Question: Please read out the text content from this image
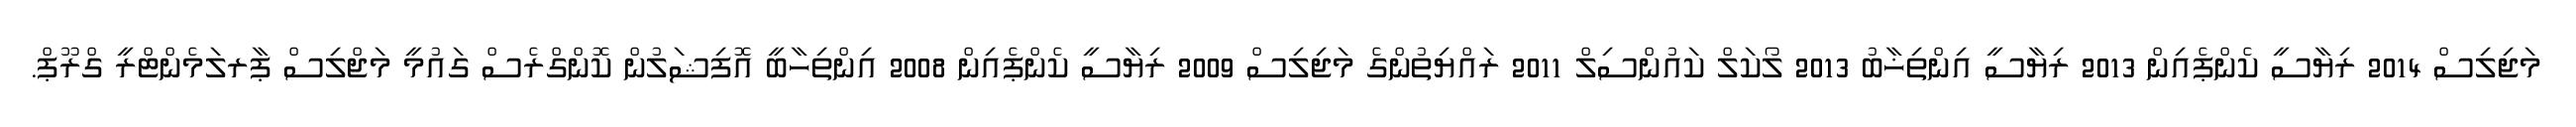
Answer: މަޖިލިސް 2014 ރިޔާސީ ކެންޕެއިން 2013 ރިޔާސީ އިންތިޚާބު 2013 ލޯކަލް ކައުންސިލް 2011 ރައްޔިތުންގެ މަޖިލިސް 2009 ރިޔާސީ ކެންޕެއިން 2008 އިންތިހާބީ އޮފިޝަލުން ކޮންގްރެސް ގައުމީ މަޖްލިސް ޕާރލަމެންޓްރީ ގްރޫޕް.